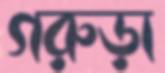
গরুড়া